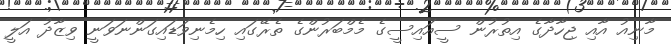
މާނިއު އާއި ޖިހާދާގެ އިތުރުން ސީއައިސީގެ މެމްބަރުންގެ ތެރޭގައި ހިމެނިވަޑައިގަންނަވަނީ ވިޒާދު އަލީ